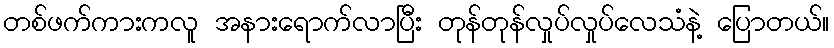
တစ်ဖက်ကားကလူ အနားရောက်လာပြီး တုန်တုန်လှုပ်လှုပ်လေသံနဲ့ ပြောတယ်။